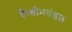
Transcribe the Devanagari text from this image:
है।क्षोभमंडल